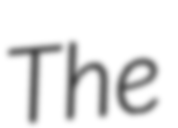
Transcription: The